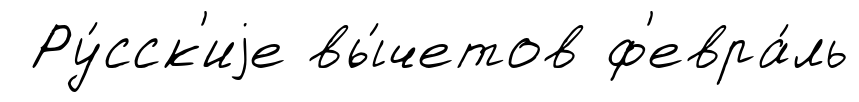
Ру́сск'иjе вы́четов ф'евра́ль